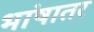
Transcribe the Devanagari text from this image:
भांषातर